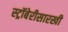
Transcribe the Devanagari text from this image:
स्ट्रॉबेरीसारखी